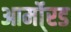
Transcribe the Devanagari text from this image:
आर्मो्रड